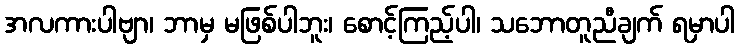
အလကားပါဗျာ၊ ဘာမှ မဖြစ်ပါဘူး၊ စောင့်ကြည့်ပါ၊ သဘောတူညီချက် ရမှာပါ